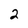
Character: 2